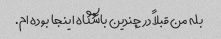
بله من قبلاً در چندین باشگاه اینجا بوده ام.